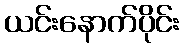
ယင်းနောက်ပိုင်း